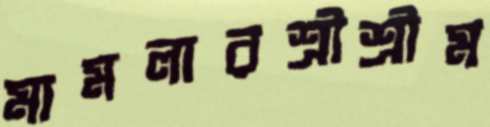
মামলারশ্রীশ্রীম